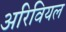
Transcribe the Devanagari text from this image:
अरिवियल